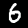
Digit: 6